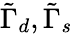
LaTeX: \tilde{\Gamma}_{d},\tilde{\Gamma}_{s}